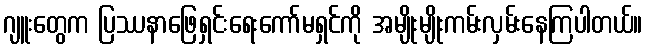
ဂျူးတွေက ပြဿနာဖြေရှင်းရေးကော်မရှင်ကို အမျိုးမျိုးကမ်းလှမ်းနေကြပါတယ်။